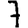
Digit: 7